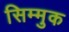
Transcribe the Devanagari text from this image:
सिम्मुक